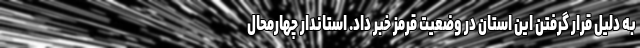
به دلیل قرار گرفتن این استان در وضعیت قرمز خبر داد. استاندار چهارمحال